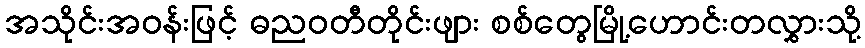
အသိုင်းအဝန်းဖြင့် ဓညဝတီတိုင်းဖျား စစ်တွေမြို့ဟောင်းတလွှားသို့